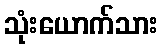
သုံးယောက်သား